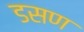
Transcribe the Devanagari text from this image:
डसण